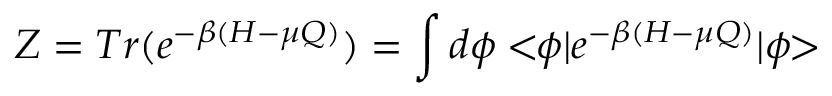
Z = T r ( e ^ { - \beta ( H - \mu Q ) } ) = \int d \phi < \! \! \phi | e ^ { - \beta ( H - \mu Q ) } | \phi \! \! >